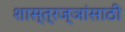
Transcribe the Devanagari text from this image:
शास्त्रज्ञांसाठी